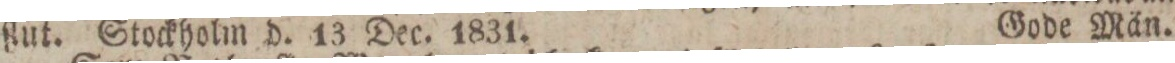
ſlut. Stockholm d. 13 Dec. 1831.    Gode Män.